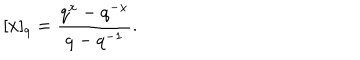
[ x ] _ { q } = \frac { q ^ { x } - q ^ { - x } } { q - q ^ { - 1 } } .